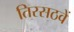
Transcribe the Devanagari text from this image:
तिरसठवें